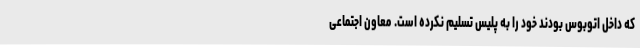
که داخل اتوبوس بودند خود را به پلیس تسلیم نکرده است. معاون اجتماعی